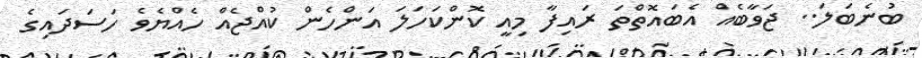
ބުނެބަލަ.. ޖަވާބެއް އެބައޮތްތަ ރައިފާ މިއީ ކޮންކަހަލަ އަންހެން ކުއްޖެއް ހެއްޔެވެ ހަސަދައިގެ